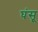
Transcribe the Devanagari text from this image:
घंसू